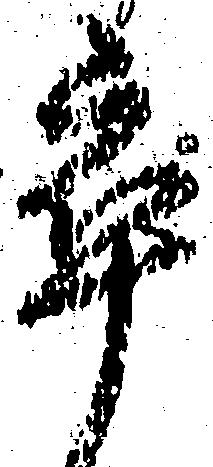
卒